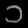
Digit: ၁